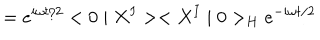
= e ^ { i \omega t / 2 } < 0 \mid X ^ { I } > < X ^ { I } \mid 0 > _ { H } e ^ { - i \omega t / 2 }